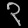
Digit: ၃